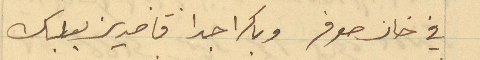
في خان صوفر وباكرا جدا قاصدين بعلبك